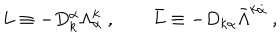
LaTeX: L \equiv - D _ { k } ^ { \alpha } \Lambda _ { \alpha } ^ { k } \ , \qquad \bar { L } \equiv - D _ { k \dot { \alpha } } \bar { \Lambda } ^ { k \dot { \alpha } } \ ,